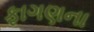
ફાગણના